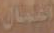
اعمال